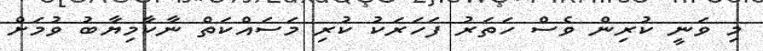
މި ވަނީ ކުރިން ވެސް ހަތަރު ފަހަރަކު ކުރި މަސައްކަތް ނާކާމިޔާބު ވުމަށް